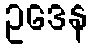
ဥဒေန